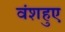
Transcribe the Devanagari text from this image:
वंशहुए